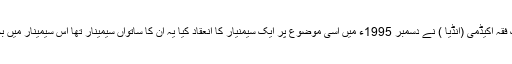
دور جدید میں جانوروں کو ذبح کرنے کے جدید سے جدید طریقوں کے پیش نظر اسلامک فقہ اکیڈمی (انڈیا ) نے دسمبر 1995ء میں اسی موضوع پر ایک سیمنیار کا انعقاد کیا یہ ان کا ساتواں سیمینار تھا اس سیمینار میں بحث ومناقشہ میں بڑی تعداد نے حصہ لیا اور اسی موضوع پر پانچ صد مقالات پیش کیے۔